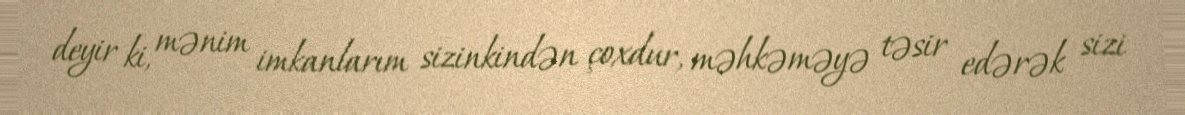
deyir ki, mənim imkanlarım sizinkindən çoxdur, məhkəməyə təsir edərək sizi